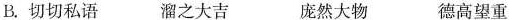
B.切切私语 溜之大吉 庞然大物 德高望重